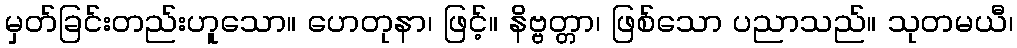
မှတ်ခြင်းတည်းဟူသော။ ဟေတုနာ၊ ဖြင့်။ နိဗ္ဗတ္တာ၊ ဖြစ်သော ပညာသည်။ သုတမယီ၊